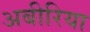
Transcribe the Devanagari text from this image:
अबीरिया